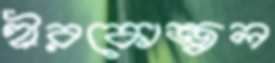
হীরকোজ্জ্বল